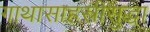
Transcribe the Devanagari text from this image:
गाथासाहस्रीसुद्धा